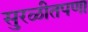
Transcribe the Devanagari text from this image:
सुरळीतपणा